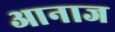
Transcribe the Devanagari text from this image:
आनाज